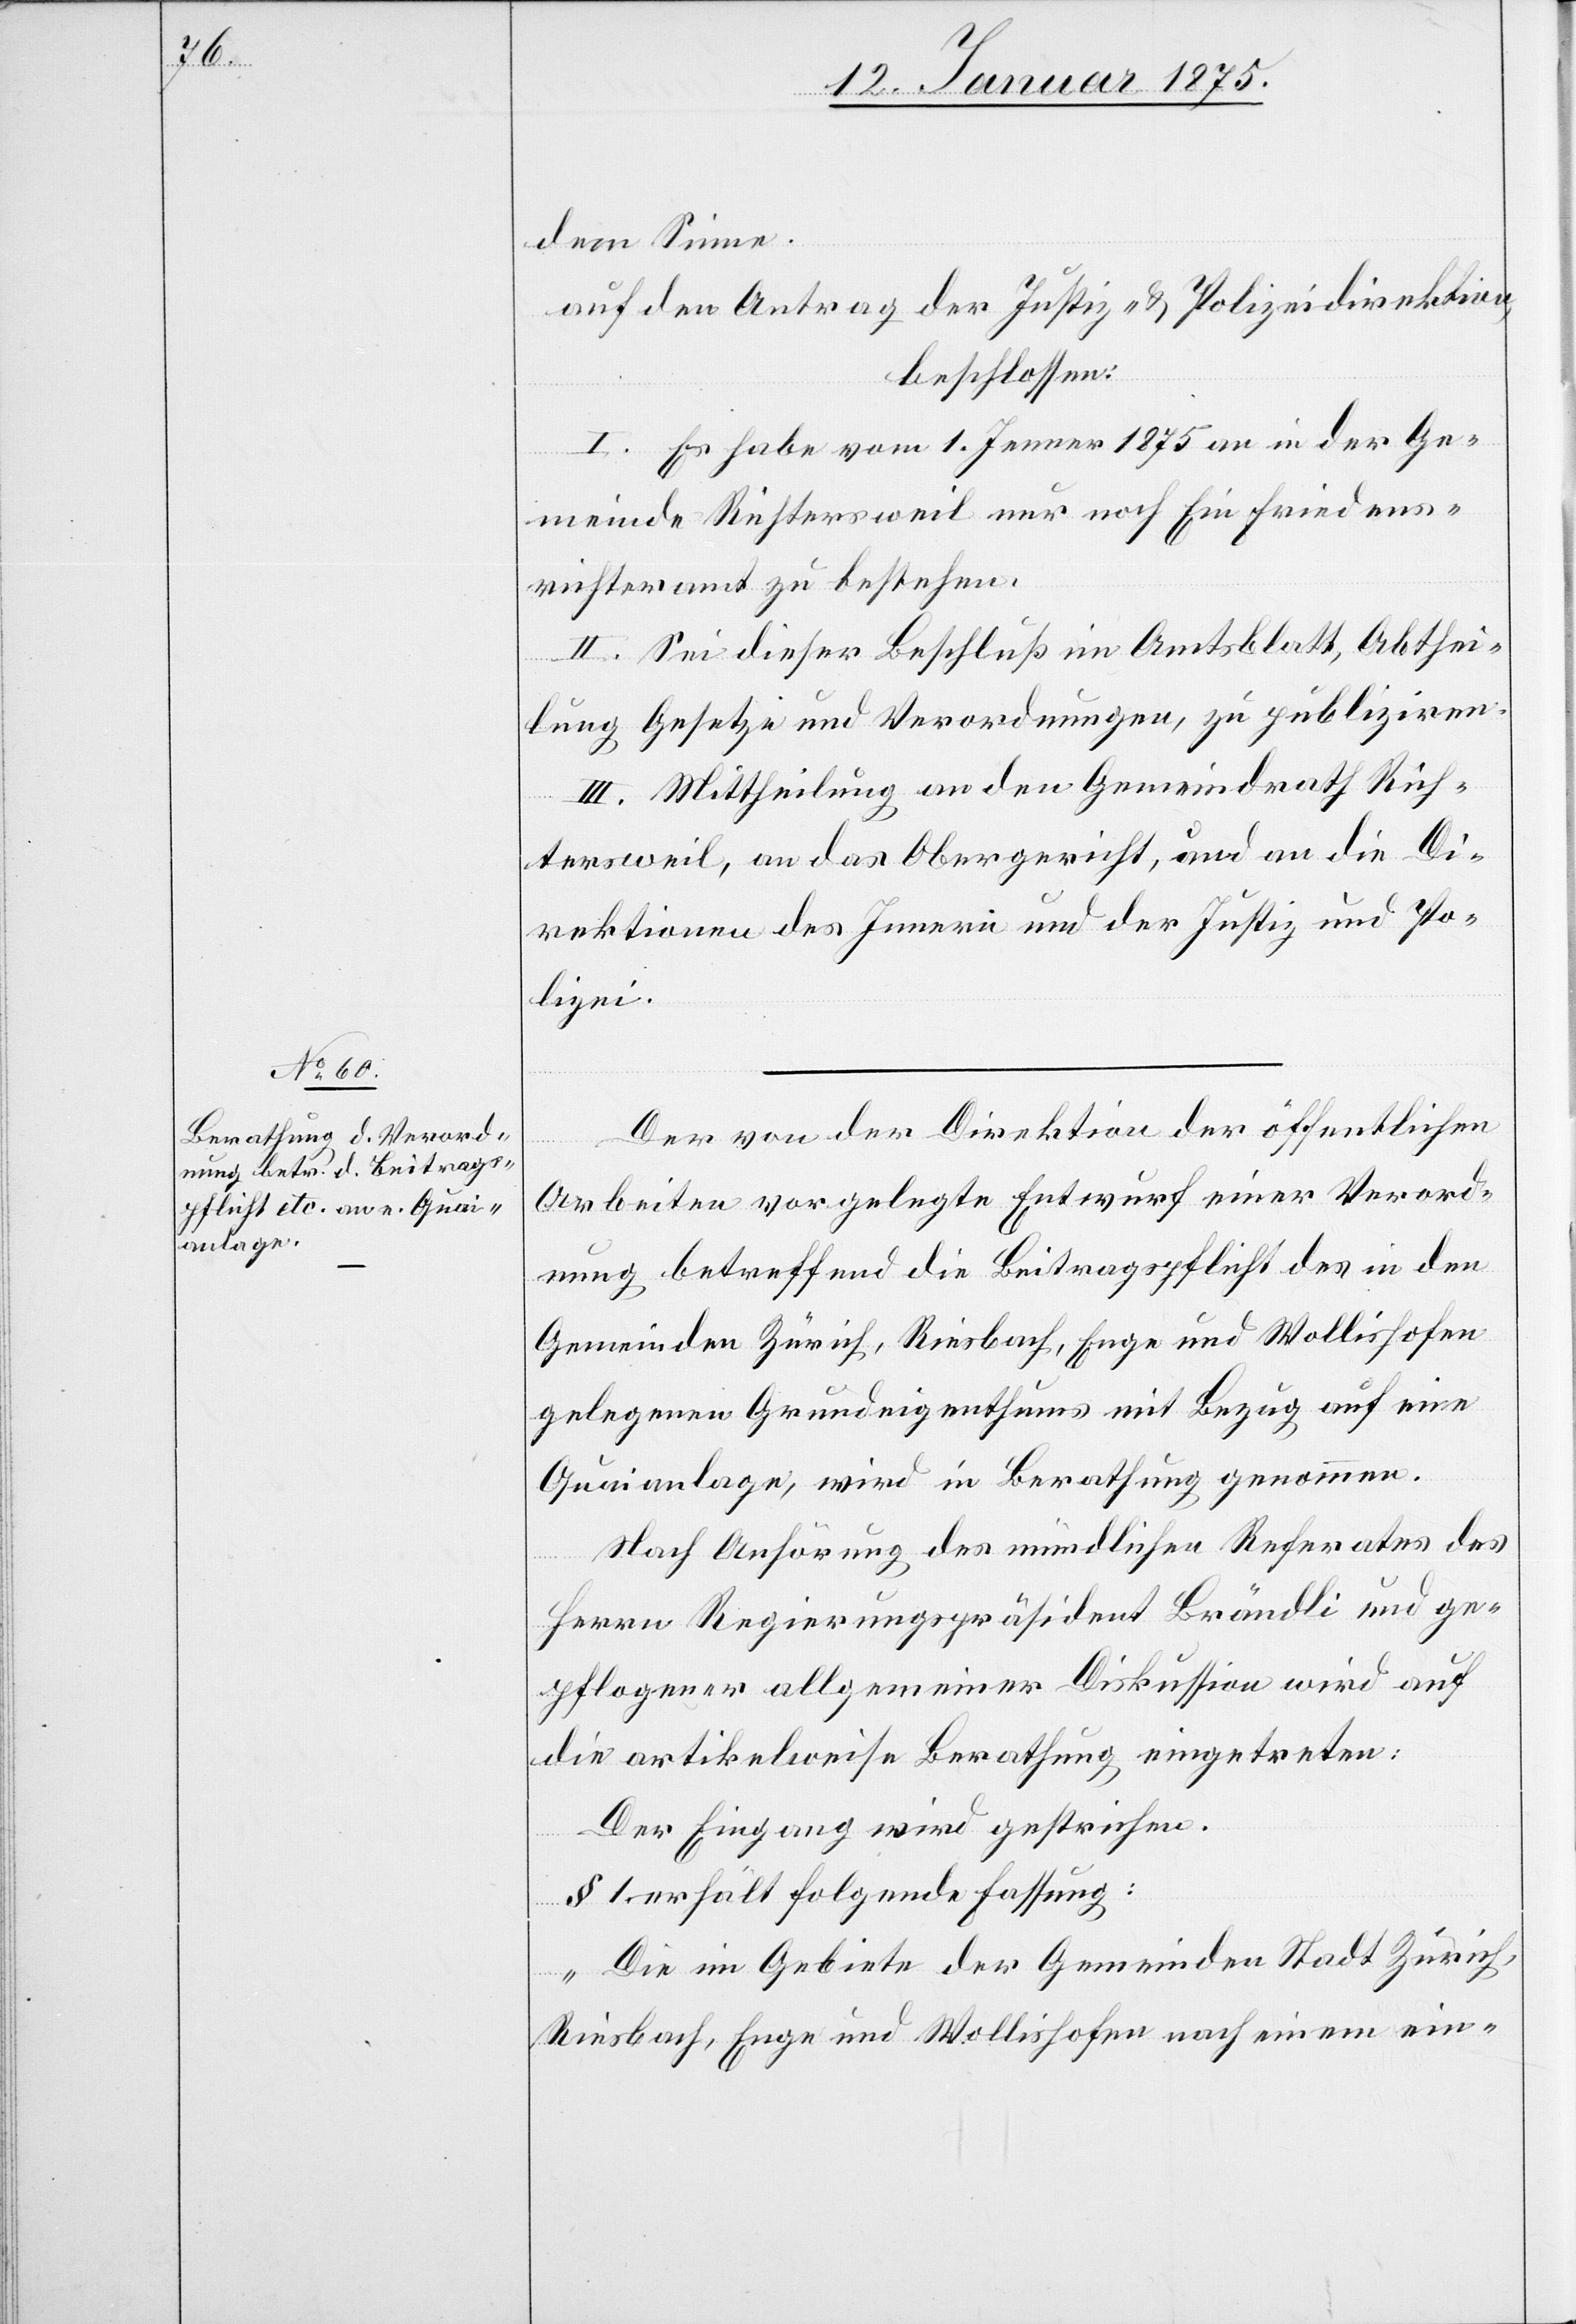
dem Sinne.
auf den Antrag der Justiz- u. Polizeidirektion,
beschlossen:
I. Es habe vom 1. Jenner 1875 an in der Ge¬
meinde Richtersweil nur noch Ein Friedens¬
richteramt zu bestehen.
II. Sei dieser Beschluß im Amtsblatt, Abthei¬
lung Gesetze und Verordnungen, zu publiziren.
III. Mittheilung an den Gemeindrath Rich¬
tersweil, an das Obergericht, an die Di¬
rektion des Innern und der Justiz und Po¬
lizei.
Der von der Direktion der öffentlichen
Arbeiten vorgelegte Entwurf einer Verord¬
nung betreffend die Beitragspflicht des in den
Gemeinden Zürich, Riesbach, Enge und Wollishofen
gelegenen Grundeigenthums mit Bezug auf eine
Quaianlage, wird in Berathung genommen.
Nach Anhörung des mündlichen Referates des
Herrn Regierungspräsident Brändli und ge¬
pflogener allgemeiner Diskussion wird auf
die artikelweise Berathung eingetreten:
Der Eingang wird gestrichen.
§ 1. erhält folgende Fassung:
„Die im Gebiete der Gemeinden Stadt Zürich,
Riesbach, Enge und Wollishofen nach einem ein-